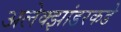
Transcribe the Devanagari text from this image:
अलेक्झांडरकडे